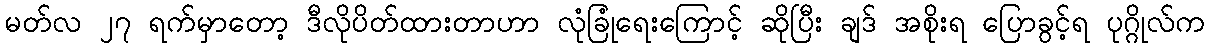
မတ်လ ၂၇ ရက်မှာတော့ ဒီလိုပိတ်ထားတာဟာ လုံခြုံရေးကြောင့် ဆိုပြီး ချဒ် အစိုးရ ပြောခွင့်ရ ပုဂ္ဂိုလ်က